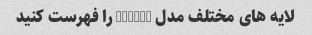
لایه های مختلف مدل TCP/IP را فهرست کنید